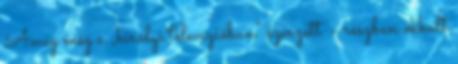
Amíg még a „királyi televízióban” szerzett – részben okkult